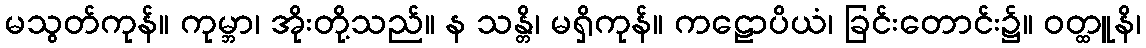
မသွတ်ကုန်။ ကုမ္ဘာ၊ အိုးတို့သည်။ န သန္တိ၊ မရှိကုန်။ ကဠောပိယံ၊ ခြင်းတောင်း၌။ ဝတ္ထူနိ၊